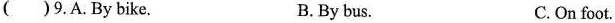
( )9.A.By bike. B.By bus. C. On foot.